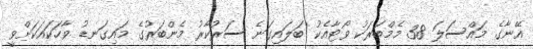
އޭނާގެ މައްސަލަ 38 މެމްބަރަކު ވޯޓާއެކު ބަލައިގަނެ ސަރުކާރު މެންބަރުގެ މައިގަނޑު ވާހަކައަކަށްވީ